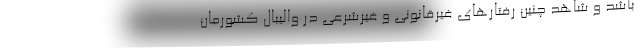
باشد و شاهد چنین رفتارهای غیرقانونی و غیرشرعی در والیبال کشورمان